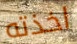
اخذته